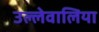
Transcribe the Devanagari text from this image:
उल्लेवालिया